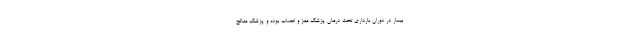
بیمار در دوران بارداری تحت درمان پزشک مغز و اعصاب بوده و پزشک معالج